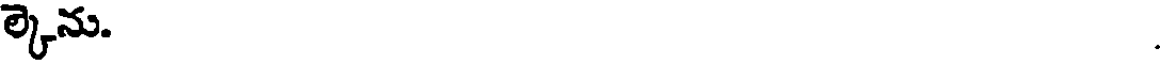
ల్కెను.